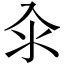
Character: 汆